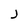
Character: j